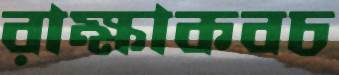
রাক্ষাকবচ